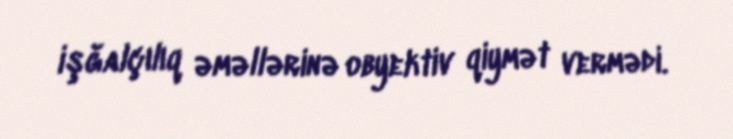
işğalçılıq əməllərinə obyektiv qiymət vermədi.